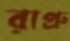
রাপ্রু